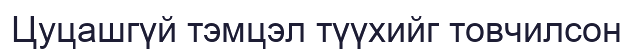
Цуцашгүй тэмцэл түүхийг товчилсон